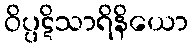
ဝိပ္ပဋိသာရိနိယော